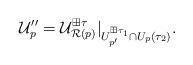
LaTeX: \begin{align*}{\mathcal U''_p}= {\mathcal U^{\boxplus\tau}_{\mathcal R(p)}}\vert_{U^{\boxplus\tau_1}_{p'} \cap U_p(\tau_2)}.\end{align*}